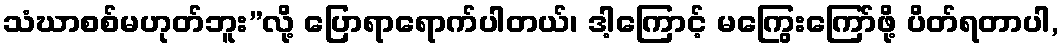
သံဃာစစ်မဟုတ်ဘူး”လို့ ပြောရာရောက်ပါတယ်၊ ဒါ့ကြောင့် မကြွေးကြော်ဖို့ ပိတ်ရတာပါ,